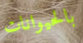
بالحيوانات